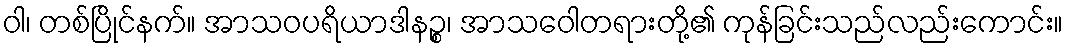
ဝါ၊ တစ်ပြိုင်နက်။ အာသဝပရိယာဒါနဉ္စ၊ အာသဝေါတရားတို့၏ ကုန်ခြင်းသည်လည်းကောင်း။